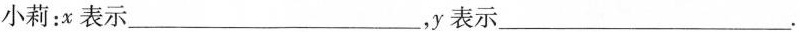
小莉：x表示___，y表示___.